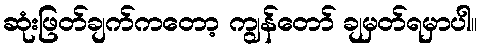
ဆုံးဖြတ်ချက်ကတော့ ကျွန်တော် ချမှတ်ရမှာပါ။